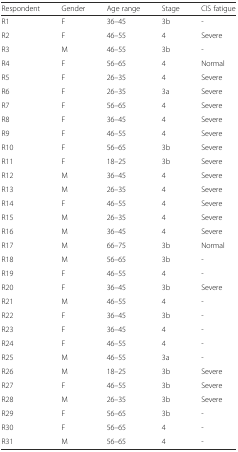
<table><thead><tr><td><b>Respondent</b></td><td><b>Gender</b></td><td><b>Age range</b></td><td><b>Stage</b></td><td><b>CIS fatigue</b></td></tr></thead><tbody><tr><td>R1</td><td>F</td><td>36–45</td><td>3b</td><td>-</td></tr><tr><td>R2</td><td>F</td><td>46–55</td><td>4</td><td>Severe</td></tr><tr><td>R3</td><td>M</td><td>46–55</td><td>3b</td><td>-</td></tr><tr><td>R4</td><td>F</td><td>56–65</td><td>4</td><td>Normal</td></tr><tr><td>R5</td><td>F</td><td>26–35</td><td>4</td><td>Severe</td></tr><tr><td>R6</td><td>F</td><td>26–35</td><td>3a</td><td>Severe</td></tr><tr><td>R7</td><td>F</td><td>56–65</td><td>4</td><td>Severe</td></tr><tr><td>R8</td><td>F</td><td>36–45</td><td>4</td><td>Severe</td></tr><tr><td>R9</td><td>F</td><td>46–55</td><td>4</td><td>Severe</td></tr><tr><td>R10</td><td>F</td><td>56–65</td><td>3b</td><td>Severe</td></tr><tr><td>R11</td><td>F</td><td>18–25</td><td>3b</td><td>Severe</td></tr><tr><td>R12</td><td>M</td><td>36–45</td><td>4</td><td>Severe</td></tr><tr><td>R13</td><td>M</td><td>26–35</td><td>4</td><td>Severe</td></tr><tr><td>R14</td><td>F</td><td>46–55</td><td>4</td><td>Severe</td></tr><tr><td>R15</td><td>M</td><td>26–35</td><td>4</td><td>Severe</td></tr><tr><td>R16</td><td>M</td><td>36–45</td><td>4</td><td>Severe</td></tr><tr><td>R17</td><td>M</td><td>66–75</td><td>3b</td><td>Normal</td></tr><tr><td>R18</td><td>M</td><td>56–65</td><td>3b</td><td>-</td></tr><tr><td>R19</td><td>F</td><td>46–55</td><td>4</td><td>-</td></tr><tr><td>R20</td><td>F</td><td>36–45</td><td>3b</td><td>Severe</td></tr><tr><td>R21</td><td>M</td><td>46–55</td><td>4</td><td>-</td></tr><tr><td>R22</td><td>F</td><td>36–45</td><td>3b</td><td>-</td></tr><tr><td>R23</td><td>F</td><td>36–45</td><td>4</td><td>-</td></tr><tr><td>R24</td><td>F</td><td>46–55</td><td>4</td><td>-</td></tr><tr><td>R25</td><td>M</td><td>46–55</td><td>3a</td><td>-</td></tr><tr><td>R26</td><td>M</td><td>18–25</td><td>3b</td><td>Severe</td></tr><tr><td>R27</td><td>F</td><td>46–55</td><td>3b</td><td>Severe</td></tr><tr><td>R28</td><td>M</td><td>26–35</td><td>3b</td><td>Severe</td></tr><tr><td>R29</td><td>F</td><td>56–65</td><td>3b</td><td>-</td></tr><tr><td>R30</td><td>F</td><td>56–65</td><td>4</td><td>-</td></tr><tr><td>R31</td><td>M</td><td>56–65</td><td>4</td><td>-</td></tr></tbody></table>